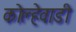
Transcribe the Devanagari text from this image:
कोल्हेवाडी